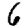
Digit: 6